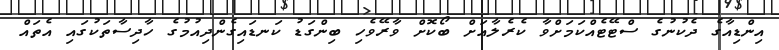
އިންޑިއާގެ ދެކުނުގެ ސްޓޭޓެއްކަމަށްވާ ކެރެލާއަށް ބޯކޮށް ވާރޭވެހި ބިންގަޑު ކަނޑައިގެންދިއުމުގެ ހާދިސާތަކުގައި އެތައް